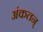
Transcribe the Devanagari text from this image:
अंकतन्